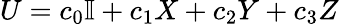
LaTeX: U=c_{0}\mathbb{I}+c_{1}X+c_{2}Y+c_{3}Z